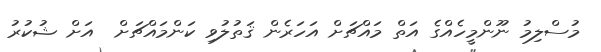
މުސްލިމު ނޫންމީހެއްގެ އަތް މައްޗަށް އަހަރެން ޤަތުލުވި ކަންމައްޗަށް  އަށް ޝުކުރު